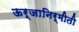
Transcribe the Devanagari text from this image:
ऊर्जानिर्मीती